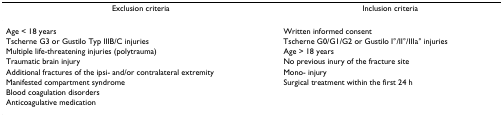
| Exclusion criteria | Inclusion criteria |
 | --- | --- |
 | Age < 18 years | Written informed consent |
 | Tscherne G3 or Gustilo Typ IIIB/C injuries | Tscherne G0/G1/G2 or Gustilo I°/II°/IIIa° injuries |
 | Multiple life-threatening injuries (polytrauma) | Age > 18 years |
 | Traumatic brain injury | No previous inury of the fracture site |
 | Additional fractures of the ipsi- and/or contralateral extremity | Mono- injury |
 | Manifested compartment syndrome | Surgical treatment within the first 24 h |
 | Blood coagulation disorders |  |
 | Anticoagulative medication |  |